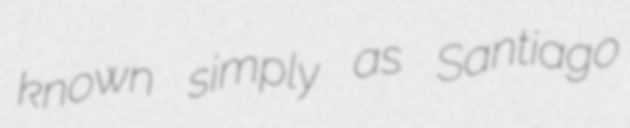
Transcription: known simply as Santiago